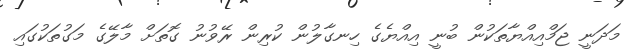
މަދަނީ ޖަމްއިއްޔާތަކުން ބުނީ އިއްޔެގެ ހިނގާލުން ކުރިން ރޭވުނު ގޮތަށް މާލޭގެ މަގުތަކުގައި